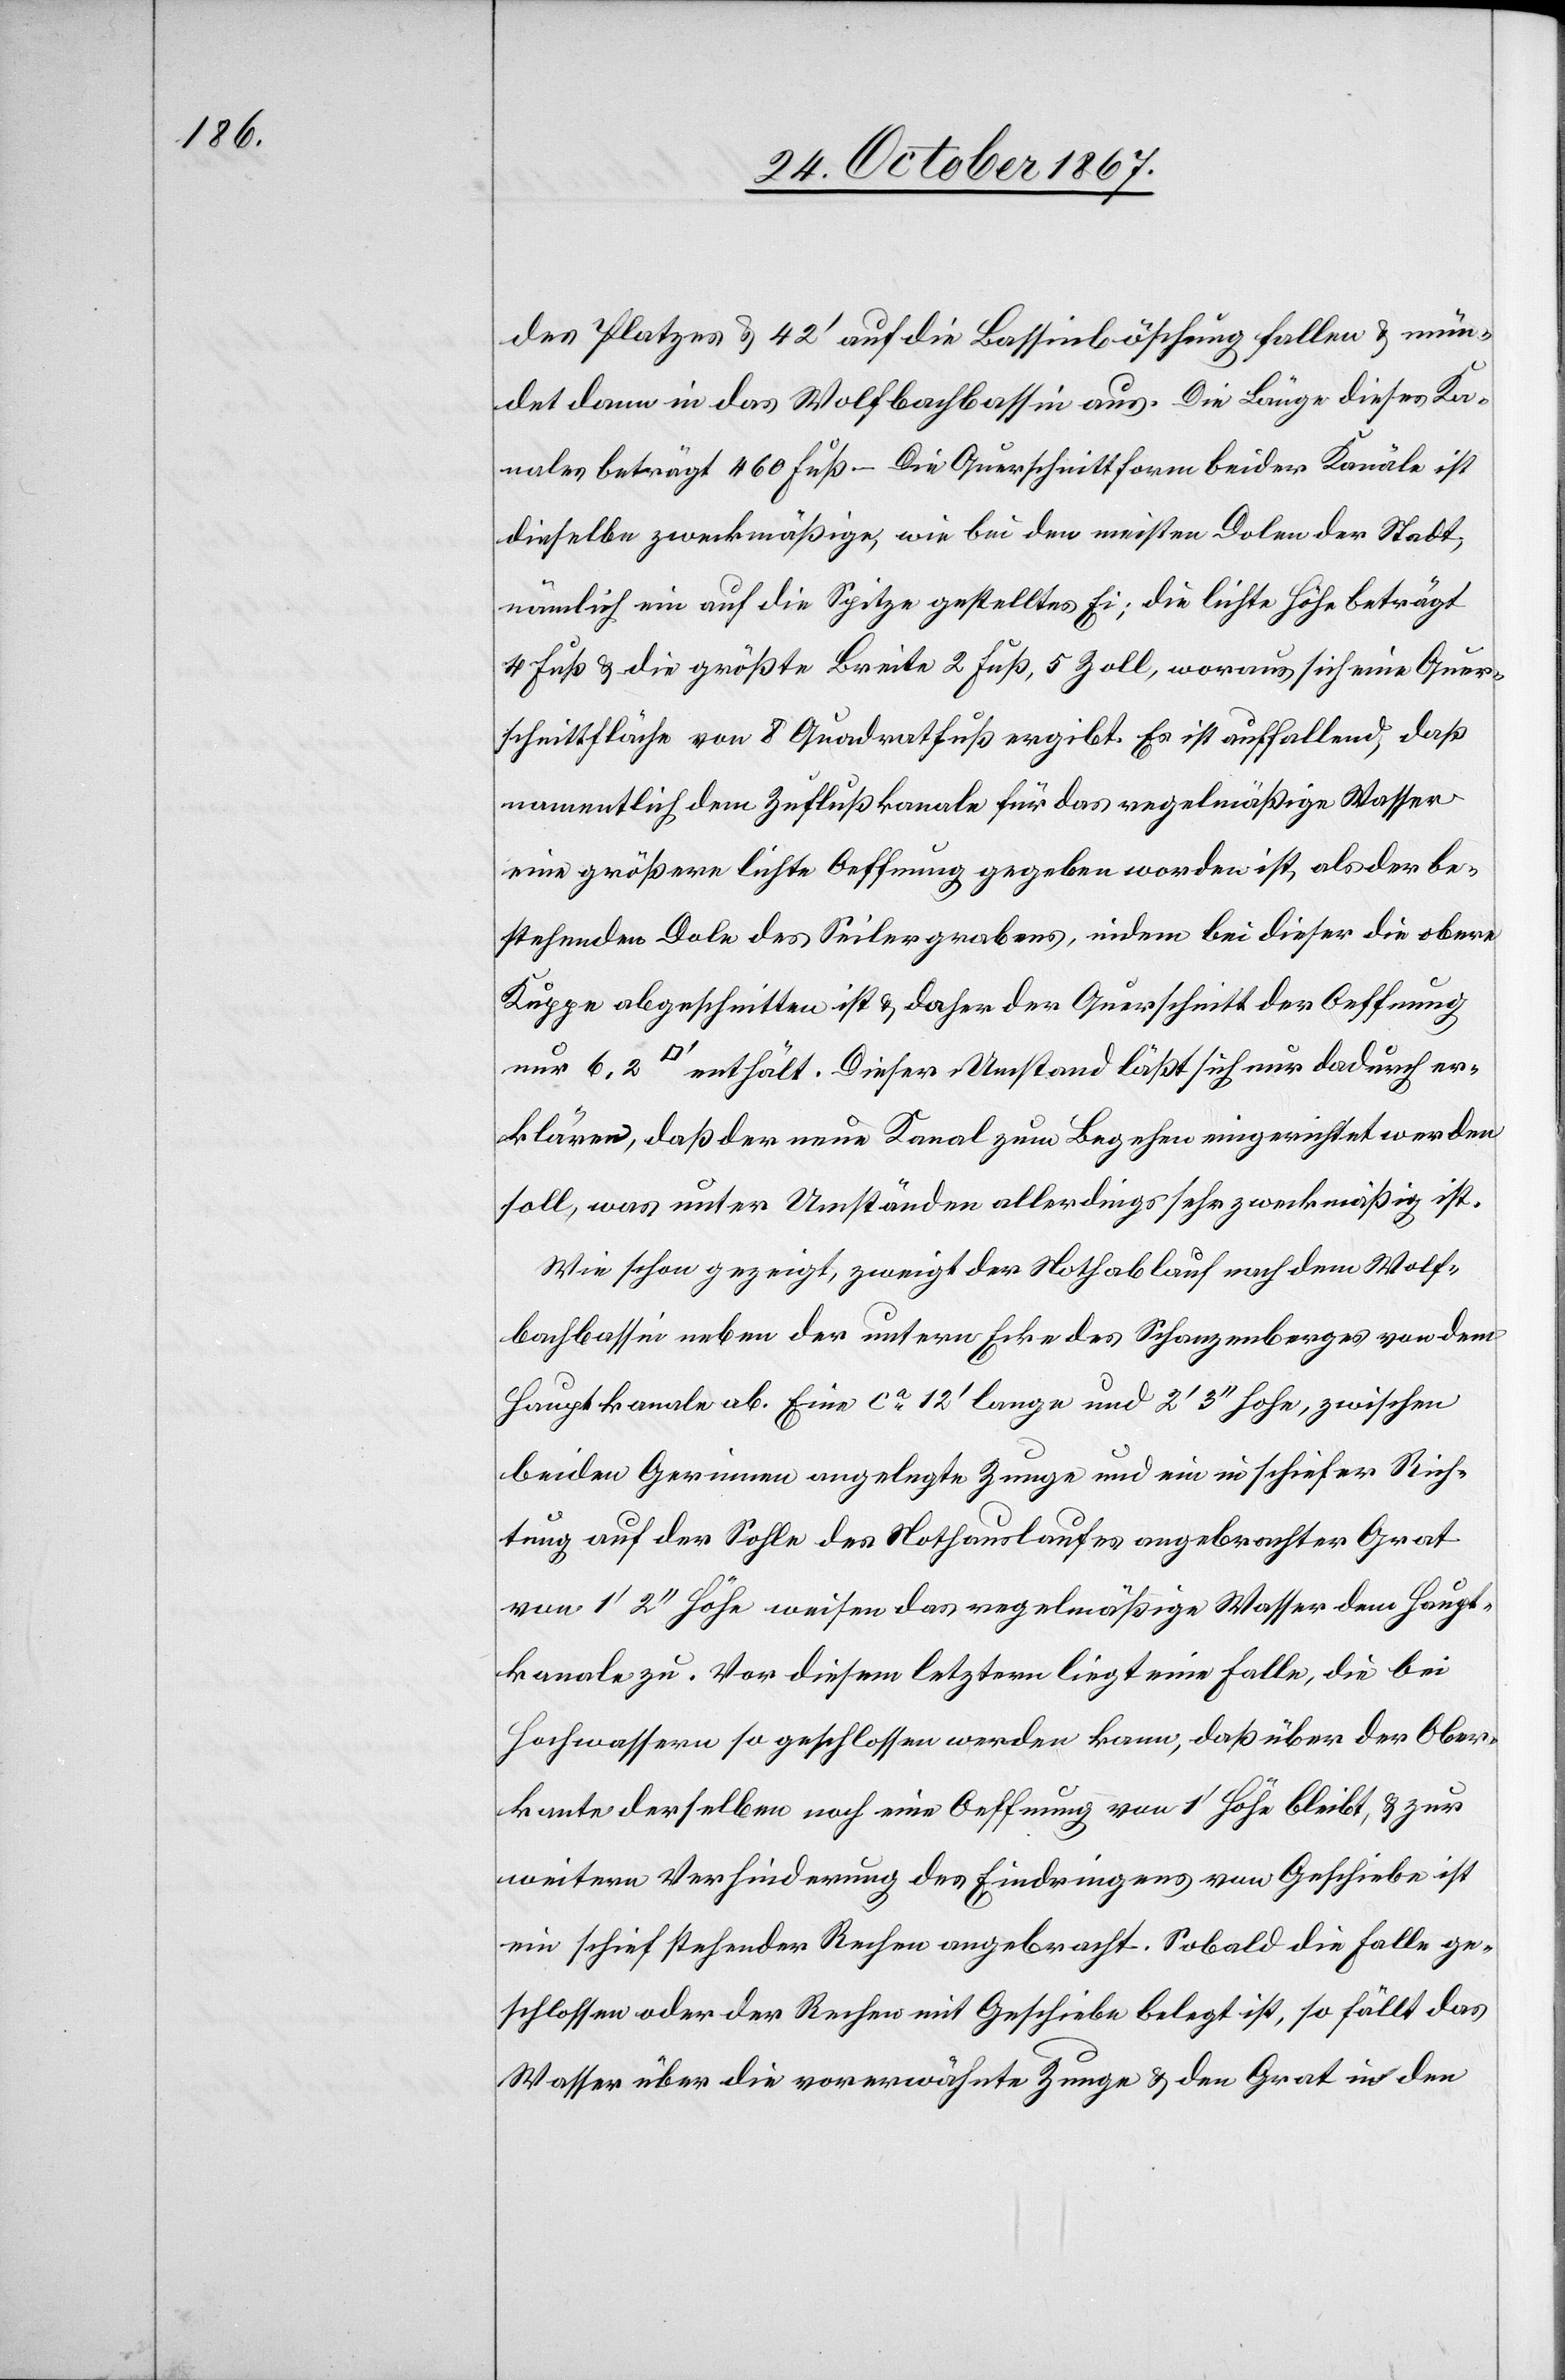
des Platze u. 42‘ auf die Bassinböschung fallen u. mün¬
det dann in das Wolfbachbassin aus. Die Länge dieses Ka¬
nales beträgt 460 Fuß. – Die Querschnittform beider Kanäle ist
dieselbe zweckmäßige, wie bei den meisten Dolen der Stadt,
nämlich ein auf die Spitze gestelltes Ei; die lichte Höhe beträgt
4 Fuß u. die größte Breite 2 Fuß, 5 Zoll, woraus sich eine Quer¬
schnittfläche von 8 Quadratfuß ergibt. Es ist auffallend, daß
namentlich dem Zuflußkanale für das regelmäßige Wasser
eine größere lichte Oeffnung gegeben worden ist, als der be¬
stehenden Dole des Seilergrabens, indem bei dieser die obere
Kuppe abgeschnitten ist u. daher der Querschnitt der Oeffnung
erklären, daß der neue Kanal zum Begehen eingerichtet werden
soll, was unter Umständen allerdings sehr zweckmäßig ist.
Wie schon gezeigt, zweigt der Nothablauf nach dem Wolf¬
bachbassin neben der untern Ecke des Schanzenberges von dem
Hauptkanale ab. Eine ca. 12‘ lange und 2‘ 3‘‘ hohe, zwischen
beiden Gerinnen angelegte Zunge und ein im schiefer Rich¬
tung auf der Sohle des Nothauslaufes angebrachter Grat
von 1‘ 2‘‘ Höhe weisen das regelmäßige Wasser dem Haupt¬
kanale zu. Vor diesem letztern liegt eine Falle, die bei
Hochwassern so geschlossen werden kann, daß über der Ober¬
kante derselben noch eine Oeffnung von 1‘ Hohe bleibt, u. zur
weitern Verhinderung des Eindringens von Geschiebe ist
ein schief stehender Rechen angebracht. Sobald die Falle ge¬
schlossen oder der Rechen mit Geschiebe belegt ist, so fällt das
Wasser über die vorerwähnte Zunge u. den Grat in den